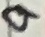
Text: 9